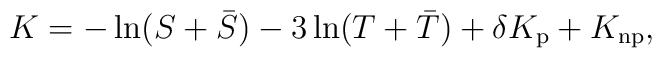
K = - \ln(S+\bar{S})-3\ln(T+\bar{T}) + \delta K_{\rm p} + K_{\rm np},